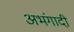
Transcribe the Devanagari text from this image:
अभंगादी